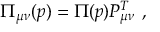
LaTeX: \Pi _ { \mu \nu } ( p ) = \Pi ( p ) P _ { \mu \nu } ^ { T } \ ,